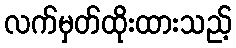
လက်မှတ်ထိုးထားသည့်